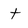
Character: t